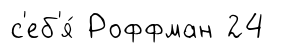
с'еб'я́ Роффман 24